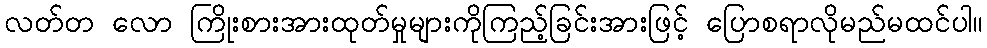
လတ်တ လော ကြိုးစားအားထုတ်မှုများကိုကြည့်ခြင်းအားဖြင့် ပြောစရာလိုမည်မထင်ပါ။